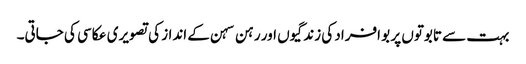
بہت سے تابوتوں پر بو افراد کی زندگیوں اور رہن سہن کے انداز کی تصویری عکاسی کی جاتی۔